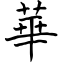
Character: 華